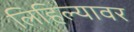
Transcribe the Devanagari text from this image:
लिहिल्यावर